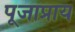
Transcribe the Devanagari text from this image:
पूजाप्राय